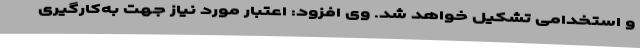
و استخدامی تشکیل خواهد شد. وی افزود: اعتبار مورد نیاز جهت به‌کارگیری